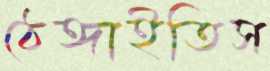
ঠেঙ্গাইতিস